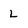
Character: l